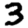
Digit: 3